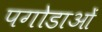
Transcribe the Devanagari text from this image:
पगोडाओं